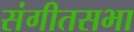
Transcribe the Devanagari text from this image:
संगीतसभा